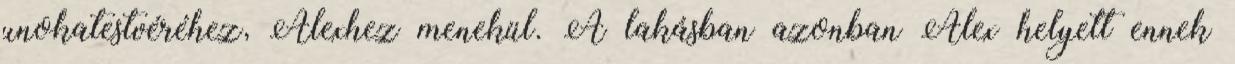
unokatestvéréhez, Alexhez menekül. A lakásban azonban Alex helyett ennek